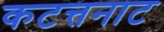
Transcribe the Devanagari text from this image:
कटत्तनाट